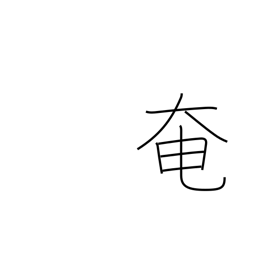
Meaning: obstruct